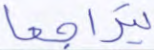
يتراجعا